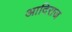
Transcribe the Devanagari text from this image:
आदिराज